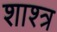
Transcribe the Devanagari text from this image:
शाश्त्र